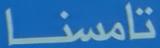
تامسنا